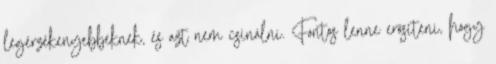
legérzékenyebbeknek, és azt nem csinálni. Fontos lenne erősíteni, hogy